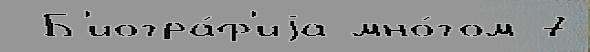
 Б'иогра́ф'иjа мно́гом 7